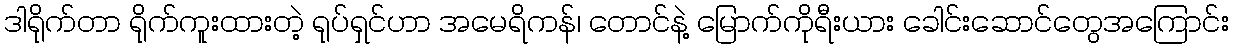
ဒါရိုက်တာ ရိုက်ကူးထားတဲ့ ရုပ်ရှင်ဟာ အမေရိကန်၊ တောင်နဲ့ မြောက်ကိုရီးယား ခေါင်းဆောင်တွေအကြောင်း